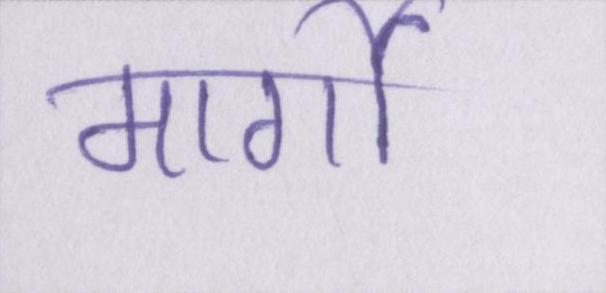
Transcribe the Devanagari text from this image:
मार्गो